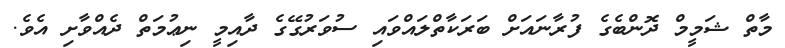
މާތް ޝަމީމް ދޮންބެގެ ފުރާނައަށް ބަރަކާތްލައްވައި ސުވަރުގޭގެ ދާއިމީ ނިޢުމަތް ދެއްވާށި އެވެ.